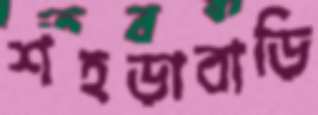
শহড়াবাড়ি